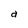
Character: a